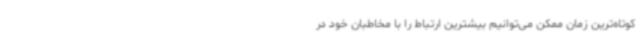
کوتاه‌ترین زمان ممکن می‌توانیم بیشترین ارتباط را با مخاطبان خود در